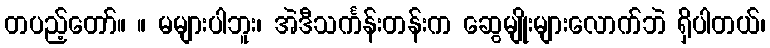
တပည့်တော်။ ။ မများပါဘူး၊ အဲဒီသင်္ကန်းတန်းက ဆွေမျိုးများလောက်ဘဲ ရှိပါတယ်၊